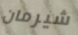
شيرمان